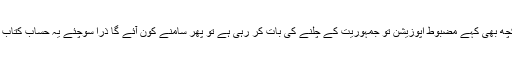
تحریک انصاف تو کچھ بھی کہے مضبوط اپوزیشن تو جمہوریت کے چلنے کی بات کر رہی ہے تو پھر سامنے کون آئے گا ذرا سوچئے یہ حساب کتاب اتنا مشکل بھی نہیں۔